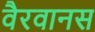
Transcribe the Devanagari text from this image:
वैरवानस